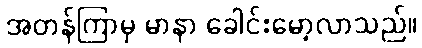
အတန်ကြာမှ မာနာ ခေါင်းမော့လာသည်။